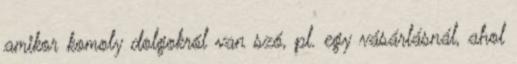
amikor komoly dolgokról van szó, pl. egy vásárlásnál, ahol